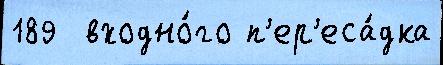
189  входно́го п'ер'еса́дка